Leprosy in India: report of the Leprosy Commission in India, 1890-91
Year: 1890
Disease focus: Leprosy
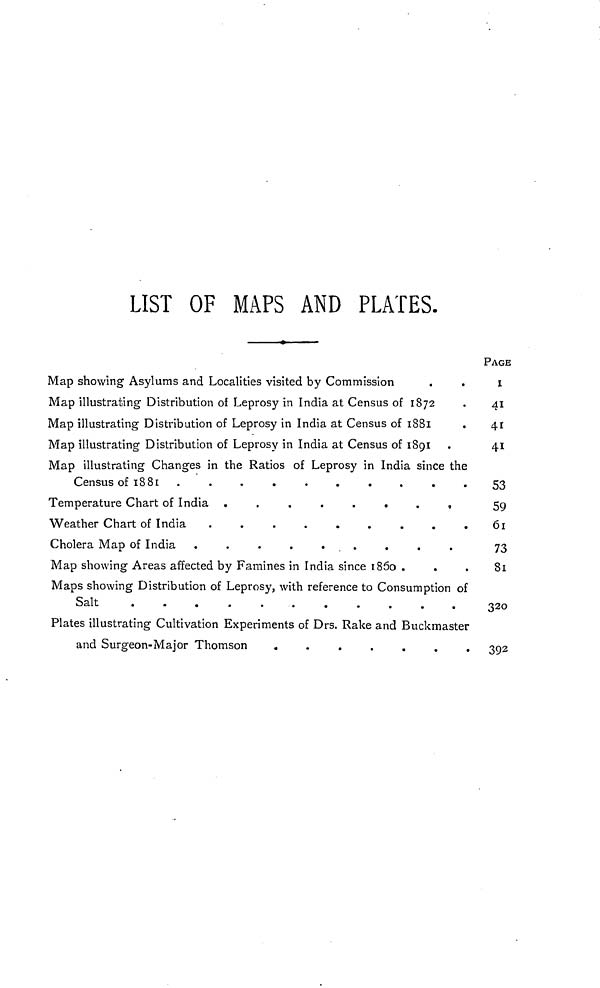
LIST OF MAPS AND PLATES.
Map showing Asylums and Localities visited by Commission
Map illustrating Distribution of Leprosy in India at Census of 1872
Map illustrating Distribution of Leprosy in India at Census of 1881
Map illustrating Distribution of Leprosy in India at Census of 1891
Map illustrating Changes in the Ratios of Leprosy in India since the
Census of 1881
Temperature Chart of India
........
Weather Chart of India
.
Cholera Map of India
.........
Map showing Areas affected by Famines in India since 1850 .
.
Maps showing Distribution of Leprosy, with reference to Consumption of
Salt
Plates illustrating Cultivation Experiments of Drs. Rake and Buckmaster
and Surgeon-Major Thomson
.......
PAGE
1
41
41
41
53
59
61
73
81
320
392